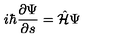
i \hbar \frac { \partial \Psi } { \partial s } = \hat { \cal H } \Psi